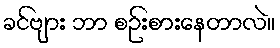
ခင်ဗျား ဘာ စဉ်းစားနေတာလဲ။